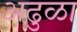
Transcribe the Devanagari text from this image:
अढुळा